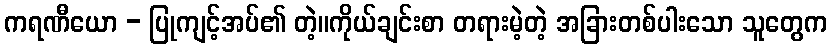
ကရဏီယော - ပြုကျင့်အပ်၏ တဲ့။ကိုယ်ချင်းစာ တရားမဲ့တဲ့ အခြားတစ်ပါးသော သူတွေက